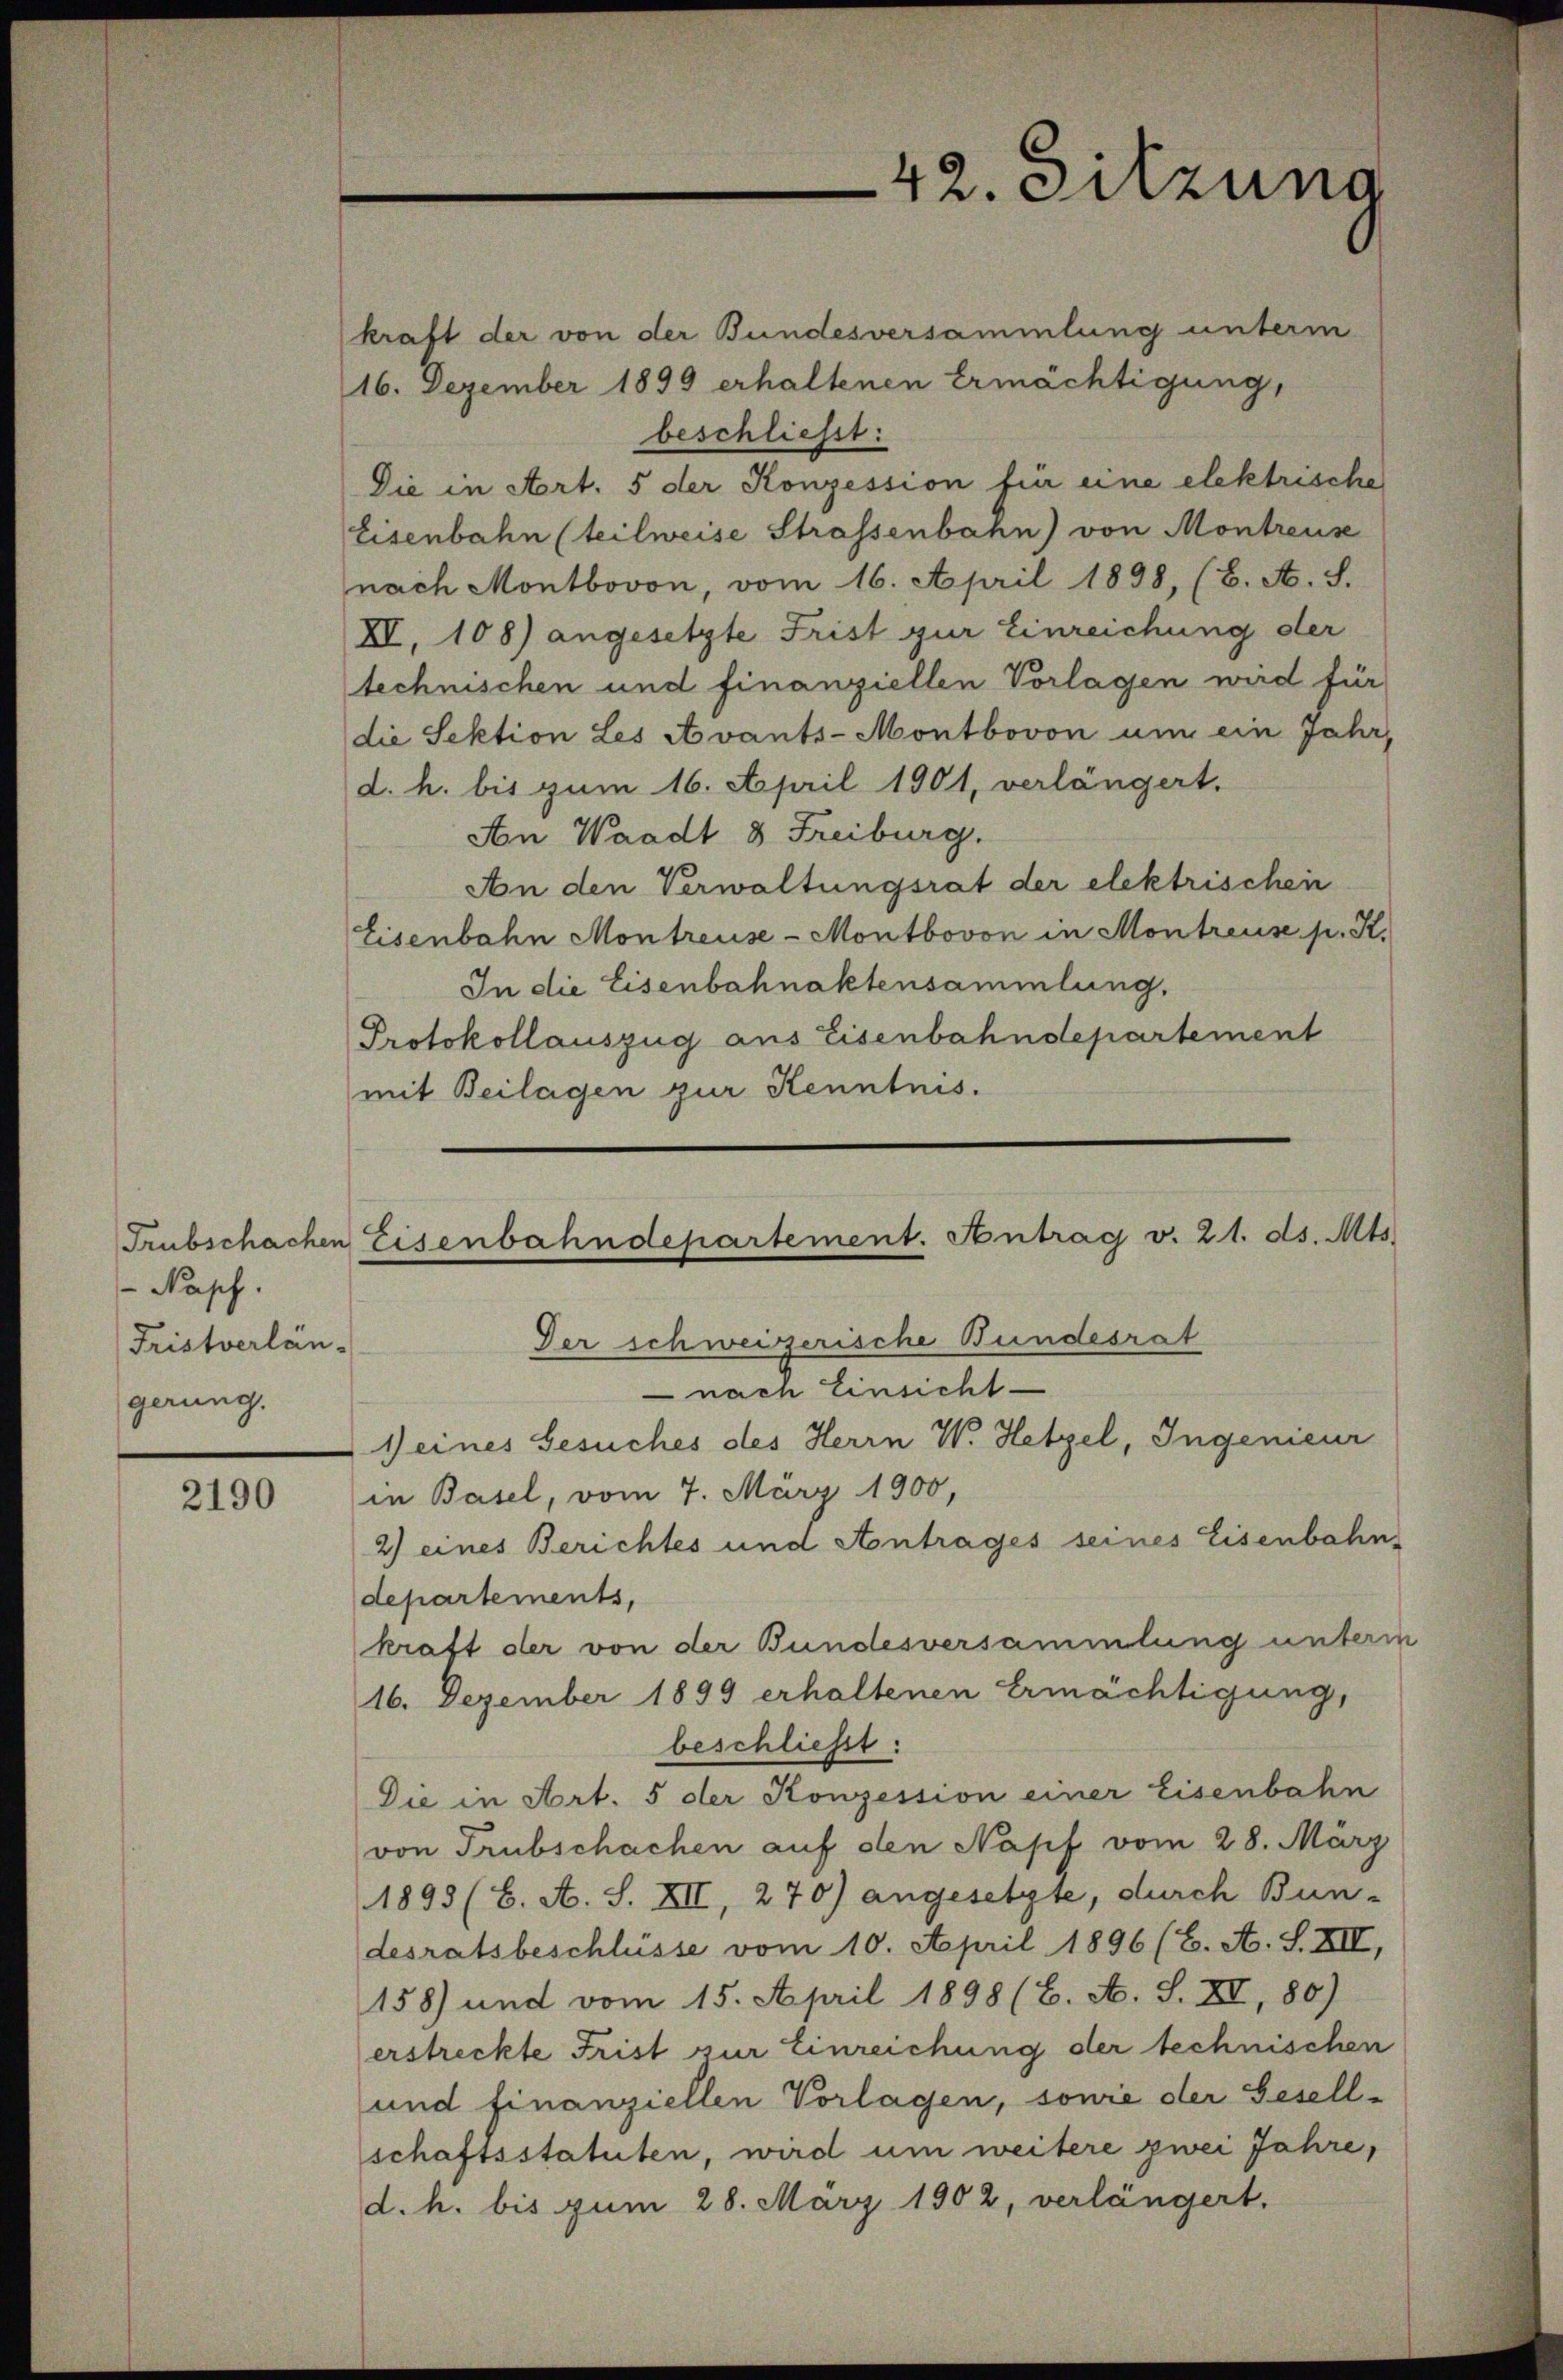
Trubschachen
Napf.
Fristverlän-
gerung.

2190

kraft der von der Bundesversammlung unterm
16. Dezember 1899 erhaltenen Ermächtigung,
beschließt:
Die in Art. 5 der Konzession für eine elektrische
Eisenbahn (teilweise Strassenbahn) von Montreus
nach Montbovon, vom 16. April 1898, (B. A. S.
XI. 108) angesetzte Frist zur Einreichung der
technischen und finanziellen Vorlagen wird für
die Sektion Les Avants-Montbovon um ein Jahr,
d. h. bis zum 16. April 1901, verlängert.
An Waadt 8 Freiburg.
An den Verwaltungsrat der elektrischen
Eisenbahn Montreuse-Montbovon in Montreuse p. K.
In die Eisenbahnaktensammlung.
Protokollauszug aus Eisenbahndepartement
mit Beilagen zur Kenntnis.

Eisenbahndepartement. Antrag v. 21. ds. Mts.
Der schweizerische Bundesrat
 nach Einsicht

42. Sitzung

Weines Gesuches des Herrn W. Hetzel, Ingenieur
in Basel, vom 7. März 1900,
2) eines Berichtes und Antrages seines Eisenbahn-
departements,
kraft der von der Bundesversammlung unterm
16. Dezember 1899 erhaltenen Ermächtigung,
beschließt:
Die in Art. 5 der Konzession einer Eisenbahn
von Trübschachen auf den Napf vom 28. März
1893 (6. A. S. XII, 270) angesetzte, durch Bun-
desratsbeschlüsse vom 10. April 1896 (E. A. S. XII,
158) und vom 15. April 1898 (2. A. S. XI, 80)
erstreckte Frist zur Einreichung der technischen
und finanziellen Vorlagen, sowie der Gesell-
schaftsstatuten, wird um weitere zwei Jahre,
d. h. bis zum 28. März 1902, verlängert.